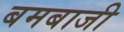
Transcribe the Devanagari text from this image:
बमबाजी